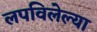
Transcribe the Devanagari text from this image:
लपविलेल्या